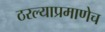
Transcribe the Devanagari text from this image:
ठरल्याप्रमाणेच